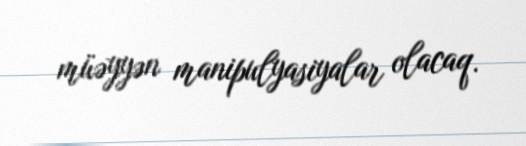
müəyyən manipulyasiyalar olacaq.